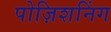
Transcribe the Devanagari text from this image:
पोज़िशनिंग